Source: Handwritten
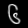
Digit: ၆ (6)